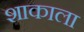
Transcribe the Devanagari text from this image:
शाकाला